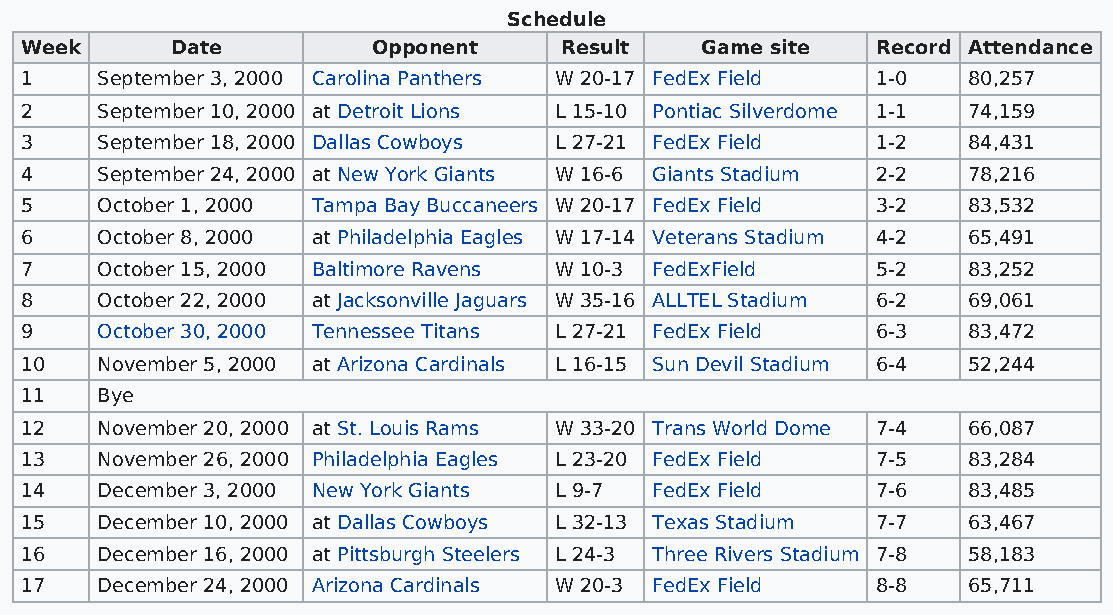
Schedule
 Week      Date          Opponent    Result   Game site   Record Attendance
 1    September 3, 2000 Carolina Panthers W 20-17 FedEx Field 1-0 80,257
 2    September 10, 2000 at Detroit Lions L 15-10 Pontiac Silverdome 1-1 74,159
 3    September 18, 2000 Dallas Cowboys L 27-21 FedEx Field 1-2 84,431
 4    September 24, 2000 at New York Giants W 16-6 Giants Stadium 2-2 78,216
 5    October 1, 2000 Tampa Bay Buccaneers W 20-17 FedEx Field 3-2 83,532
 6    October 8, 2000 at Philadelphia Eagles W 17-14 Veterans Stadium 4-2 65,491
 7    October 15, 2000 Baltimore Ravens W 10-3 FedExField 5-2   83,252
 8    October 22, 2000 at Jacksonville Jaguars W 35-16 ALLTEL Stadium 6-2 69,061
 9    October 30, 2000 Tennessee Titans L 27-21 FedEx Field 6-3 83,472
 10   November 5, 2000 at Arizona Cardinals L 16-15 Sun Devil Stadium 6-4 52,244
 11   Bye
 12   November 20, 2000 at St. Louis Rams W 33-20 Trans World Dome 7-4 66,087
 13   November 26, 2000 Philadelphia Eagles L 23-20 FedEx Field 7-5 83,284
 14   December 3, 2000 New York Giants L 9-7 FedEx Field  7-6   83,485
 15   December 10, 2000 at Dallas Cowboys L 32-13 Texas Stadium 7-7 63,467
 16   December 16, 2000 at Pittsburgh Steelers L 24-3 Three Rivers Stadium 7-8 58,183
 17   December 24, 2000 Arizona Cardinals W 20-3 FedEx Field 8-8 65,711